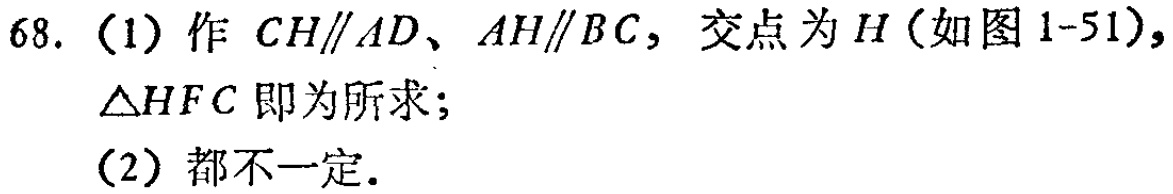
68. (1) 作 \(CH\parallel AD\)、\(AH\parallel BC\)，交点为 \(H\) (如图 1-51)，

\(\triangle HFC\) 即为所求；

(2) 都不一定.